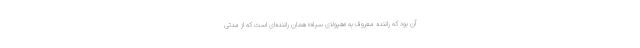
آن بود که راننده معروف به «هیولای سیاه» همان راننده‌ای است که از مدتی